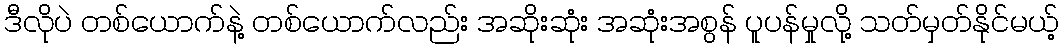
ဒီလိုပဲ တစ်ယောက်နဲ့ တစ်ယောက်လည်း အဆိုးဆုံး အဆုံးအစွန် ပူပန်မှုလို့ သတ်မှတ်နိုင်မယ့်